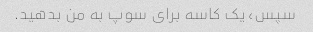
سپس، یک کاسه برای سوپ به من بدهید.